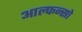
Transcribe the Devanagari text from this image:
आल्फन्सो